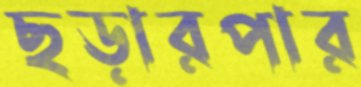
ছড়ারপার